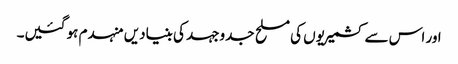
اور اس سے کشمیریوں کی مسلح جدوجہد کی بنیادیں منہدم ہو گئیں۔